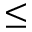
\leq